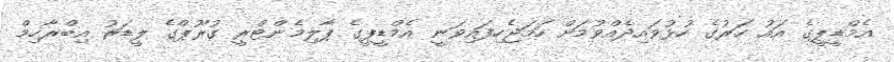
އެމްޑީޕީގެ އައު ހަރުގެ ހުޅުވައިދެއްވުމަށް ހަމަޖެހިފައިވަނީ އެމްޑީޕީގެ ޕާލިމެންޓްރީ ގުރޫޕްގެ ލީޑަރު އިބްރާހިމް